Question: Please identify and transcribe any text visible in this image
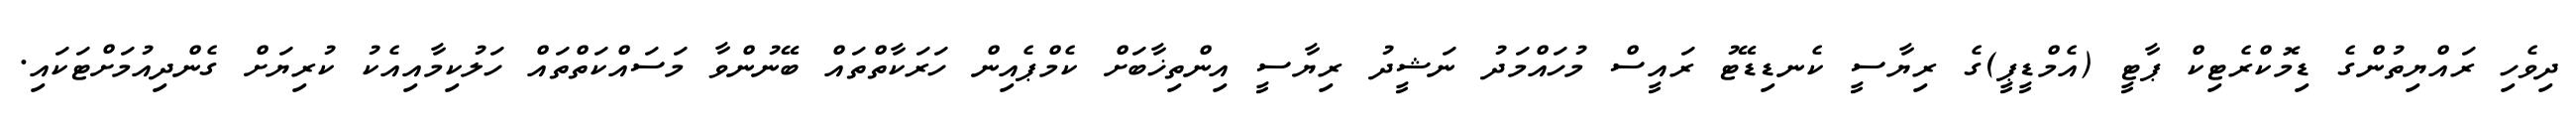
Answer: ދިވެހި ރައްޔިތުންގެ ޑިމޮކްރެޓިކް ޕާޓީ (އެމްޑީޕީ)ގެ ރިޔާސީ ކެނޑިޑޭޓު ރައީސް މުހައްމަދު ނަޝީދު ރިޔާސީ އިންތިޚާބަށް ކެމްޕެއިން ހަރަކާތްތައް ބޭނުންވާ މަސައްކަތްތައް ހަލުކިމާއިއެކު ކުރިޔަށް ގެންދިއުމަށްޓަކައި.